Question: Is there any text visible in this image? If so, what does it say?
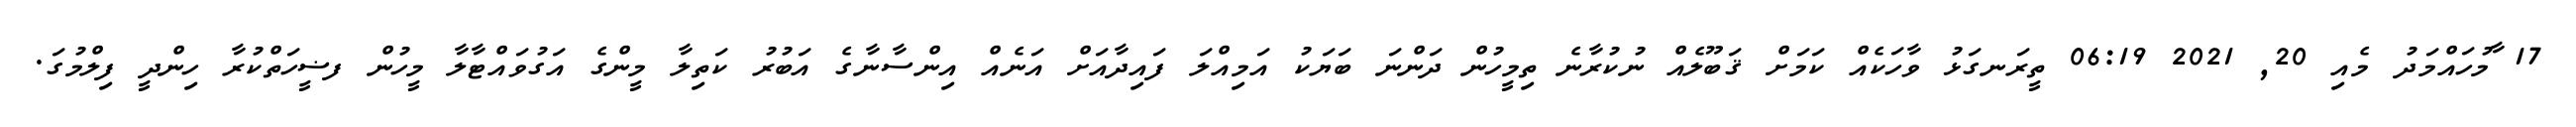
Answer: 17 ާމުހައްމަދު މެއި 20, 2021 06:19 ތީރަނގަޅު ވާހަކެއް ކަމަށް ޤަބޫލެއް ނުކުރާނެ ތިމީހުން ދަންނަ ބަޔަކު އަމިއްލަ ފައިދާއަށް އަނެއް އިންސާނާގެ އަބުރު ކަތިލާ މީންގެ އަގުވައްޓާލާ މީހުން ފޟީހަތްކުރާ ހިންދީ ފިލްމުގަ.